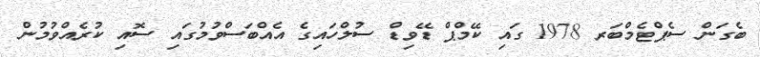
ބެގަން ސެޕްޓެމްބަރ 1978 ގައި ކޭމްޕް ޑޭވިޑް ސުލްހައިގެ އެއްބަސްވުމުގައި ސޮއި ކުރެއްވުމުން